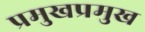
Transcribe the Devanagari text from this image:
प्रमुखप्रमुख